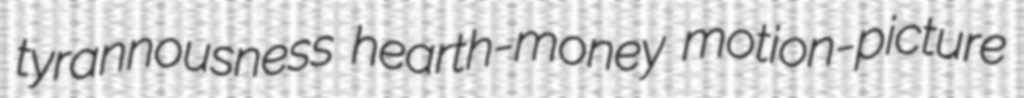
tyrannousness hearth-money motion-picture